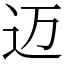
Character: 迈